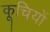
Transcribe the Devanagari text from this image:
कूचियों